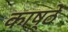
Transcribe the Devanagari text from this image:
काष्ठें